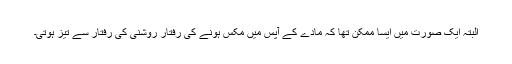
البتہ ایک صورت میں ایسا ممکن تھا کہ مادے کے آپس میں مکس ہونے کی رفتار روشنی کی رفتار سے تیز ہوتی۔